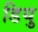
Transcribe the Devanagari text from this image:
डियु